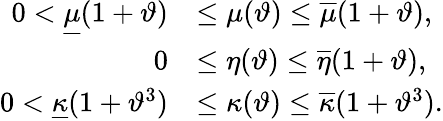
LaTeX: \begin{array}{rl}{0<\underline{{\mu}}(1+\vartheta)}&{\leq\mu(\vartheta)\leq\overline{{\mu}}(1+\vartheta),}\\ {0}&{\leq\eta(\vartheta)\leq\overline{{\eta}}(1+\vartheta),}\\ {0<\underline{{\kappa}}(1+\vartheta^{3})}&{\leq\kappa(\vartheta)\leq\overline{{\kappa}}(1+\vartheta^{3}).}\end{array}